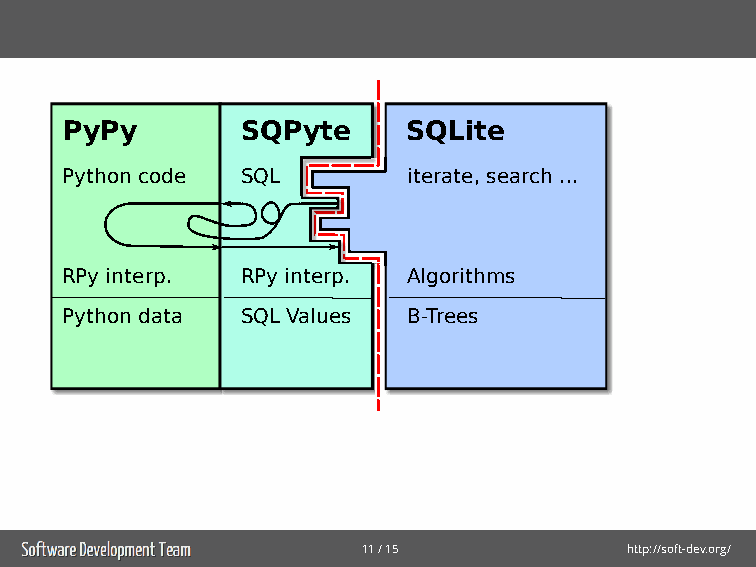
PyPy        SSQQLPiyttee SQLite
 Python code SSQQLL     iiittteeerrraaattteee,,, ssseeeaaarrrccchhh .........
 ???
 RRPPyy iinntteerrpp.. RCP iny tienrtpe.rp. AAAlllgggooorrriiittthhhmmmsss
 Python data SSQQLL VVaalluueess BBB---TTTrrreeeeeesss
 11/15            http://soft-dev.org/